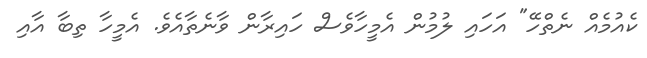
ކެއުމެއް ނެތްހޭ" އަހައި ލުމުން އެމީހާވެސް ހައިރާން ވާނެތާއެވެ. އެމީހާ ތިބާ އާއި